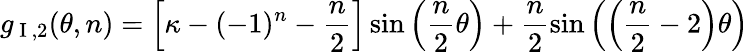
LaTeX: g_{\mathrm{~I~},2}(\theta,n)=\left[\kappa-(-1)^{n}-\frac{n}{2}\right]\sin\left(\frac{n}{2}\theta\right)+\frac{n}{2}\sin\left(\left(\frac{n}{2}-2\right)\theta\right)